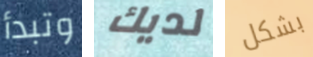
وتبدأ لديك بشكل